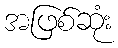
အဖြစ်ဆုံး